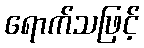
ရောက်သဖြင့်